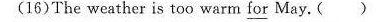
(16)The weather is too warm for May.( )